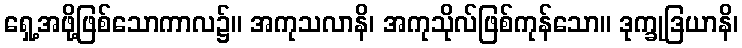
ရှေ့အဖို့ဖြစ်သောကာလ၌။ အကုသလာနိ၊ အကုသိုလ်ဖြစ်ကုန်သော။ ဒုက္ခုဒြယာနိ၊